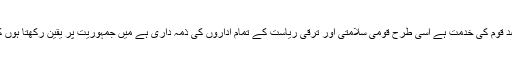
آرمی چیف نے کہا کہ پاک فوج ایک ریاستی ادارہ ہے اور پاک فوج کا مقصد قوم کی خدمت ہے اسی طرح قومی سلامتی اور ترقی ریاست کے تمام اداروں کی ذمہ داری ہے میں جمہوریت پر یقین رکھتا ہوں کیوں کہ جمہوری اقدار، بے لوث خدمت اور کردار کی عظمت زیادہ اہم ہے۔